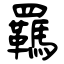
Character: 羈